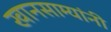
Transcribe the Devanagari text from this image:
खानसाम्यांनी